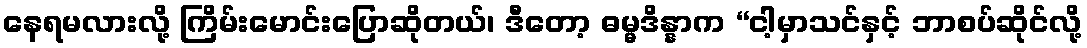
နေရမလားလို့ ကြိမ်းမောင်းပြောဆိုတယ်၊ ဒီတော့ ဓမ္မဒိန္နာက “ငါ့မှာသင်နှင့် ဘာစပ်ဆိုင်လို့